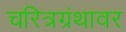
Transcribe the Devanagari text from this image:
चरित्रग्रंथावर